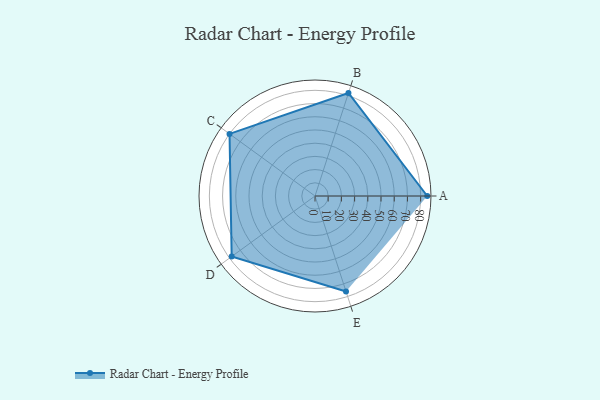
{"axis": {"x": "Skill", "y": "Score"}, "legend": ["Profile"], "data": [{"x": "A", "y": 85.0, "type": "Profile"}, {"x": "B", "y": 82.0, "type": "Profile"}, {"x": "C", "y": 80.0, "type": "Profile"}, {"x": "D", "y": 78.0, "type": "Profile"}, {"x": "E", "y": 76.0, "type": "Profile"}]}